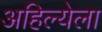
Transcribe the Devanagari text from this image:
अहिल्येला